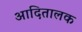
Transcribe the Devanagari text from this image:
आदितालक